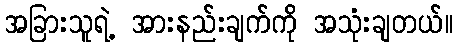
အခြားသူရဲ့ အားနည်းချက်ကို အသုံးချတယ်။